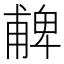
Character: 𠧃